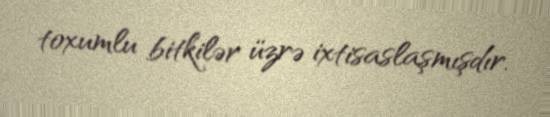
toxumlu bitkilər üzrə ixtisaslaşmışdır.